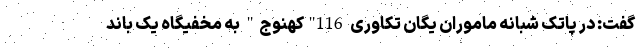
گفت: در پاتک شبانه ماموران یگان تکاوری 116"کهنوج" به مخفیگاه یک باند